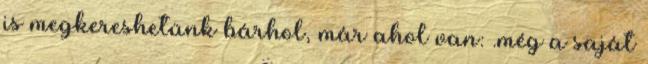
is megkereshetünk bárhol, már ahol van: .még a saját